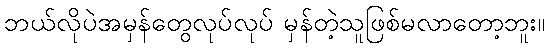
ဘယ်လိုပဲအမှန်တွေလုပ်လုပ် မှန်တဲ့သူဖြစ်မလာတော့ဘူး။